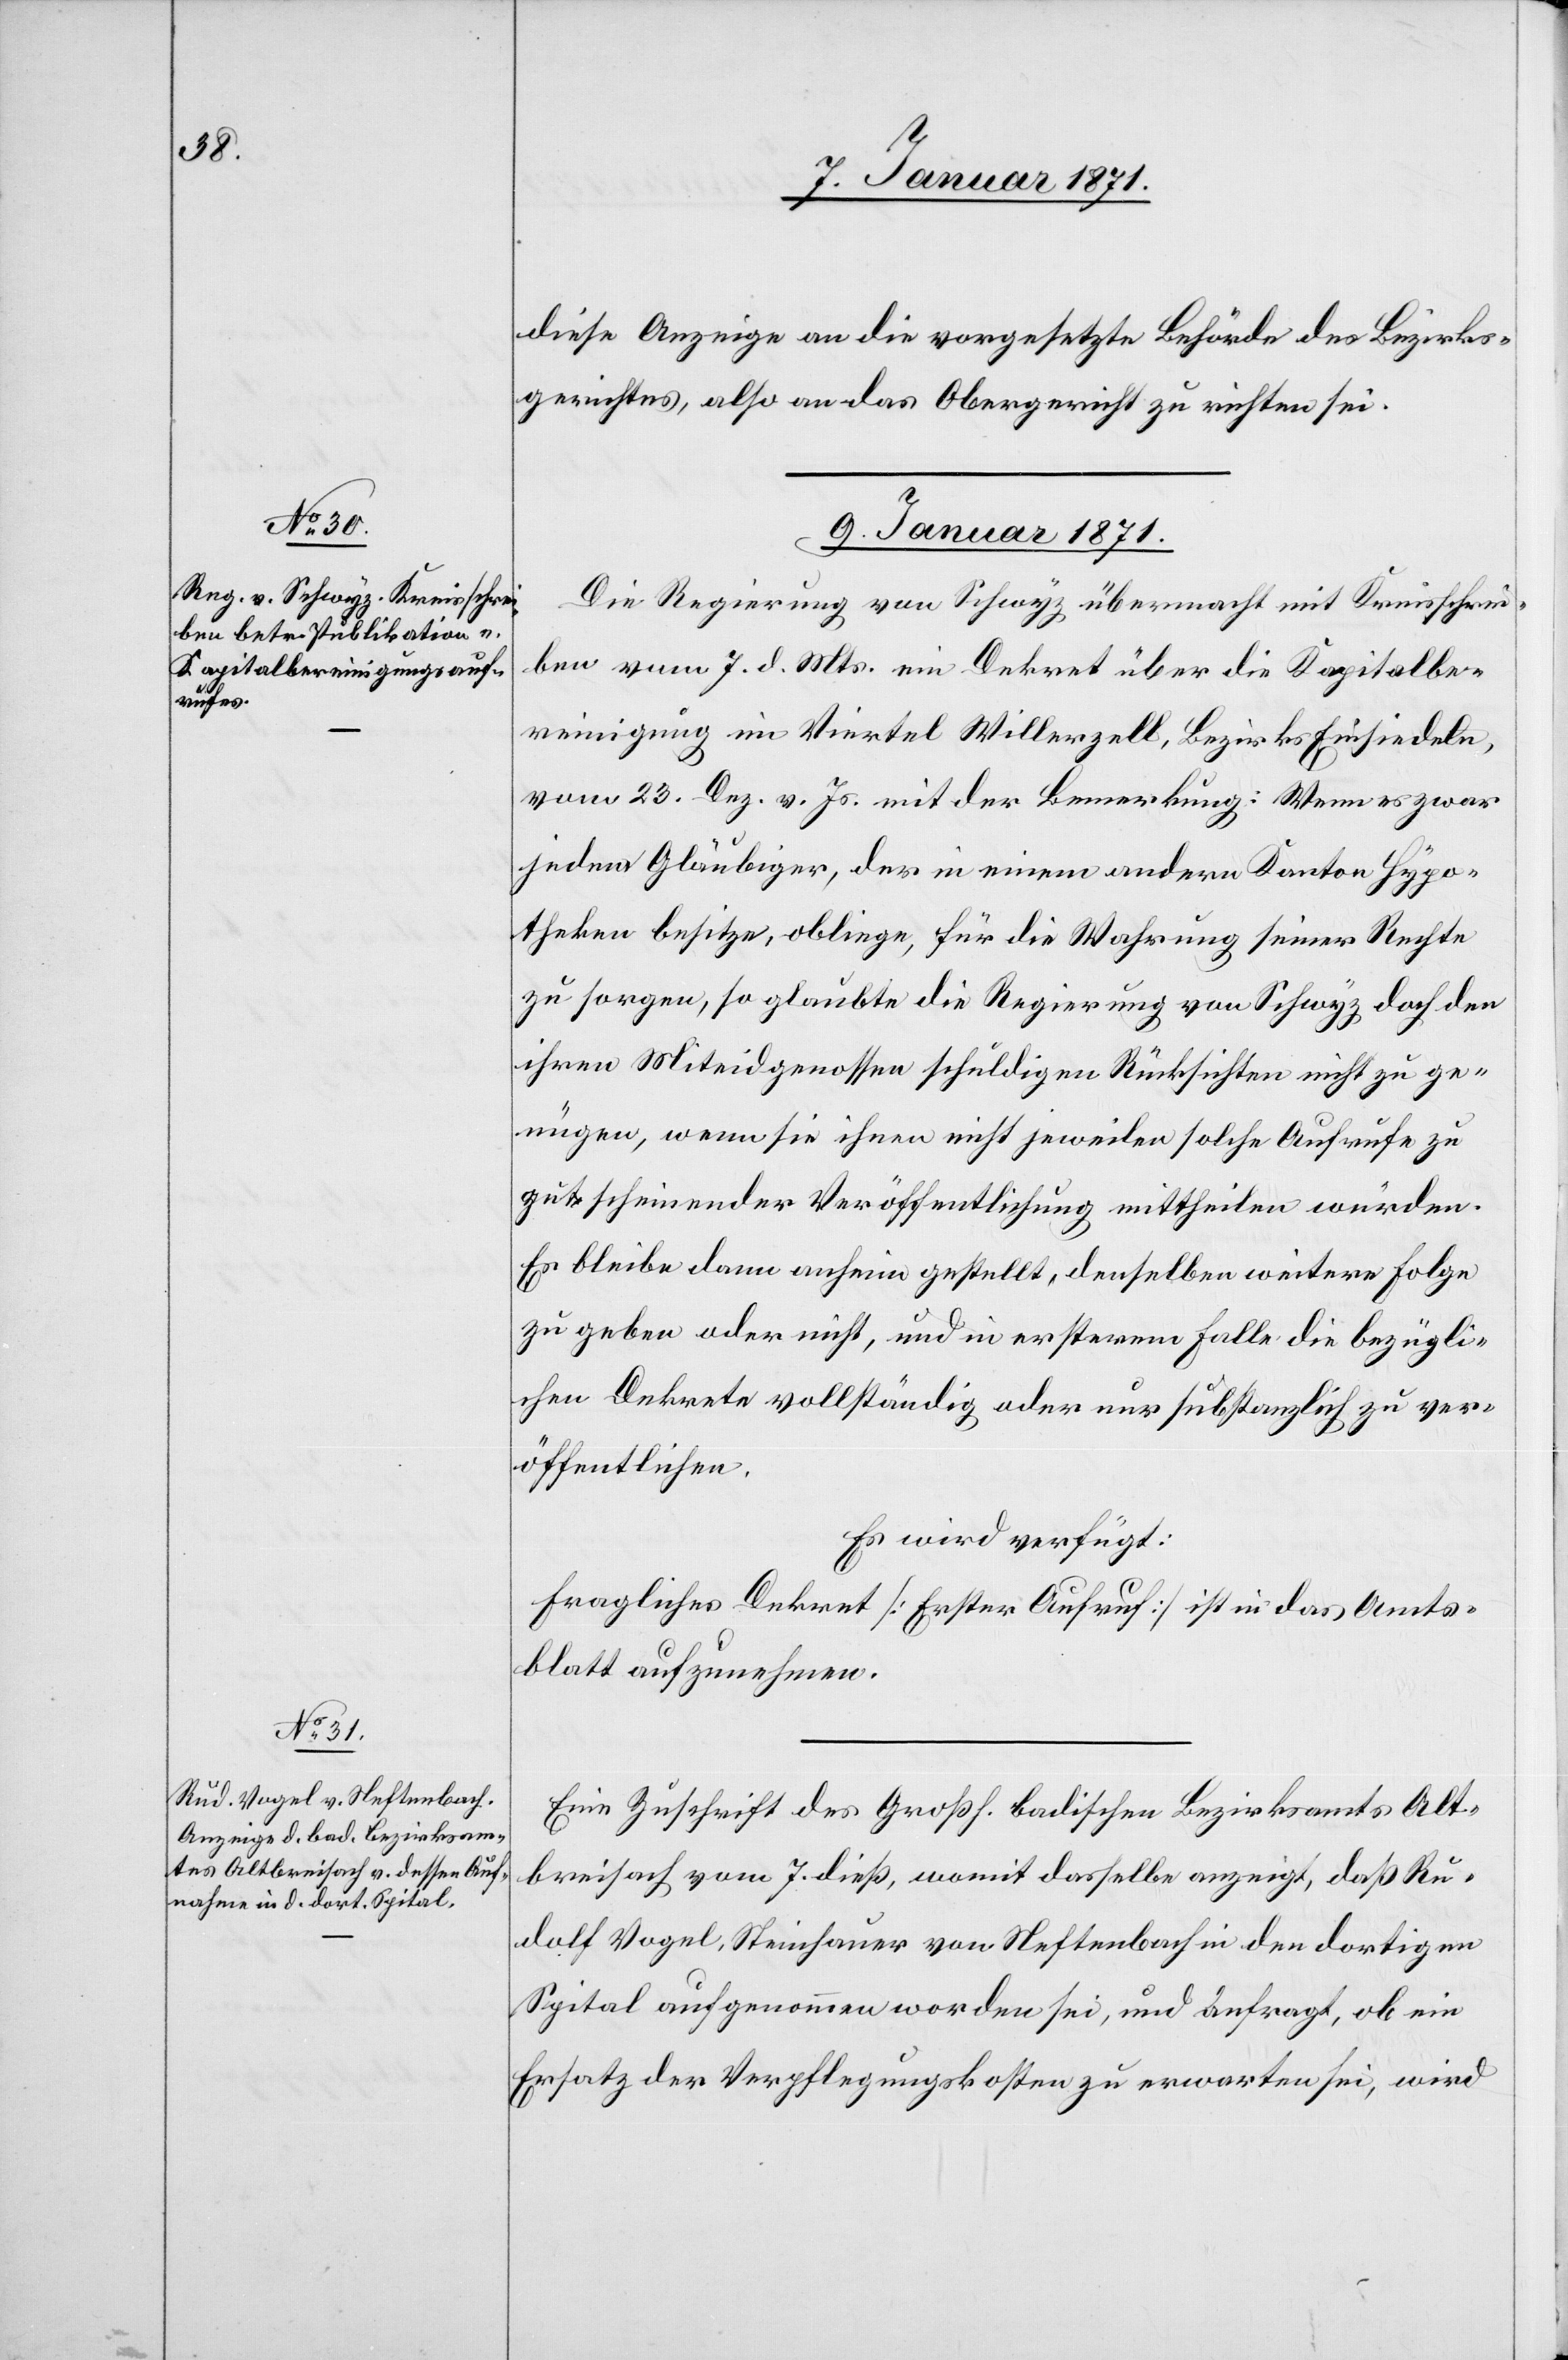
diese Anzeige an die vorgesetzte Behörde des Bezirks¬
gerichtes, also an das Obergericht zu richten sei.
9. Januar 1871.]
Die Regierung von Schwyz übermacht mit Kreisschrei¬
ben vom 7. d. Mts. ein Dekret über die Kapitalbe¬
reinigung im Viertel Willerzell, Bezirks Einsiedeln,
vom 23. Dez. v. Js. mit der Bemerkung: Wenn es zwar
jedem Gläubiger, der in einem andern Kanton Hypo¬
theken besitze, obliege, für die Wahrung seiner Rechte
zu sorgen, so glaubte die Regierung von Schwyz doch den
ihren Miteidgenossen schuldigen Rücksichten nicht zu ge¬
nügen, wenn sie ihnen nicht jeweilen solche Aufrufe zu
gut scheinender Veröffentlichung mittheilen würden.
Es bleiben dann anheim gestellt, denselben weitere Folge
zu geben oder nicht, und in ersterem Falle die bezügli¬
chen Dekrete vollständig oder nur substanzlich zu ver¬
öffentlichen.
Es wird verfügt:
Fragliches Dekret [Erster Aufruf] ist in das Amts¬
blatt aufzunehmen.
Eine Zuschrift des Großh. badischen Bezirksamts Alt¬
breisach vom 7. dieß, womit dasselbe anzeigt, daß Ru¬
dolf Vogel, Steinhauer von Neftenbach in den dortigen
Spital aufgenommen worden sei, und befragt, ob ein
Ersatz der Verpflegungskosten zu erwarten sei, wird